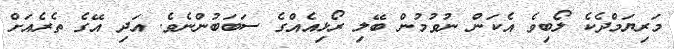
މަރިޔަމްދެކެ ލޯބިވެ އެކަން ނުވުމުން ބޭލި ރޯޅިއެއްގެ ސަބަބުންނެވެ. އަދި އޭގެ ތެރެއަށް